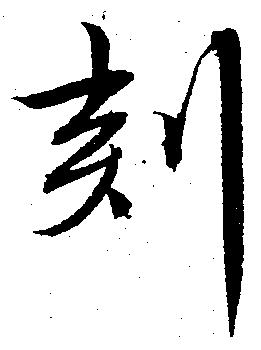
刻